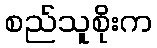
စည်သူစိုးက